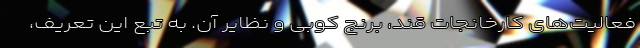
فعالیت‌های کارخانجات قند، برنج کوبی و نظایر آن. به تبع این تعریف،